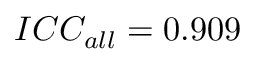
I C C _ { a l l } = 0 . 9 0 9